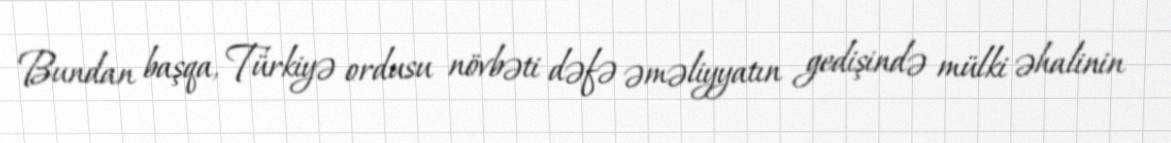
Bundan başqa, Türkiyə ordusu növbəti dəfə əməliyyatın gedişində mülki əhalinin